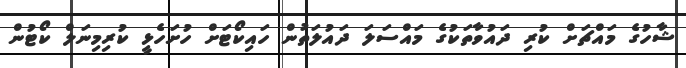
ޝާހުގެ މައްޗަށް ކުރި ދައުވާތަކުގެ މައްސަލަ ދައުލަތުން ހައިކޯޓަށް ހުށަހެޅީ ކުރިމިނަލް ކޯޓުން